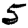
Digit: 5